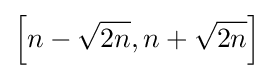
\left[n-{\sqrt {2n}},n+{\sqrt {2n}}\right]